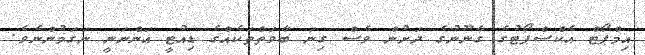
އިމްޕޯޓް އެކްސްޕޯޓުގެ ގާނޫނުގެ ދަށުން ވެސް ގިނަ ބާވަތްތަކެއްގެ ޑިއުޓީ އަންނަނީ ނަގަމުންނެވެ.